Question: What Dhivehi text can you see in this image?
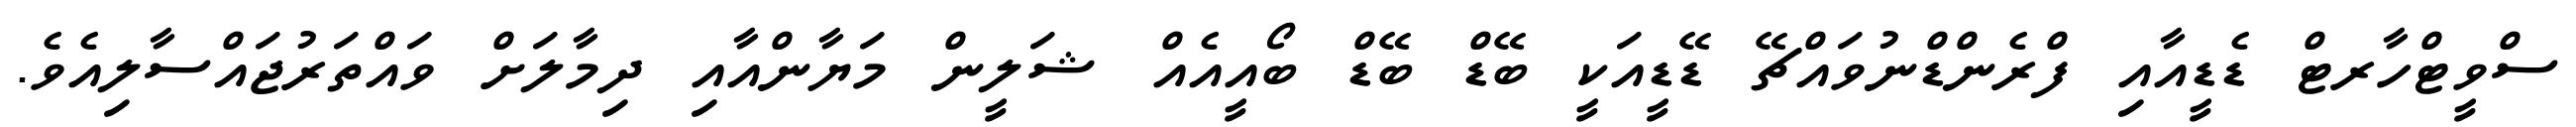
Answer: ސްވީޓްހާރޓް ޑެޑީއާއި ފްރެންޑްނުވައްޗޭ ޑޭޑީއަކީ ބޭޑް ބޭޑް ބޯއީއެއް ޝަލީން މަޔާންއާއި ދިމާލަށް ވައްތަރުޖައްސާލިއެވެ.